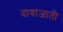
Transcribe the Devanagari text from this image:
दावांजाती